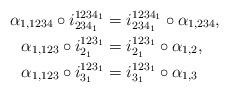
LaTeX: \begin{align*}\alpha_{1,1234}\circ i_{234_1}^{1234_1}&=i_{234_1}^{1234_1}\circ\alpha_{1,234}, \\\alpha_{1,123}\circ i_{2_1}^{123_1}&=i_{2_1}^{123_1}\circ\alpha_{1,2}, \\\alpha_{1,123}\circ i_{3_1}^{123_1}&=i_{3_1}^{123_1}\circ\alpha_{1,3}\end{align*}